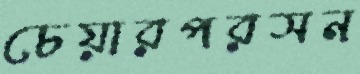
চেয়ারপরসন